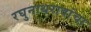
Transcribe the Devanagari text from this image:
रघुनाथरावांचा